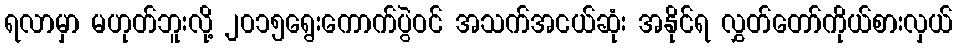
ရလာမှာ မဟုတ်ဘူးလို့ ၂၀၁၅ရွေးကောက်ပွဲဝင် အသက်အငယ်ဆုံး အနိုင်ရ လွှတ်တော်ကိုယ်စားလှယ်